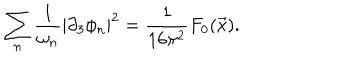
\sum _ { n } \frac { 1 } { \omega _ { n } } \left| \partial _ { 3 } \phi _ { n } \right| ^ { 2 } = \frac { 1 } { 1 6 \pi ^ { 2 } } F _ { 0 } ( \vec { x } ) .